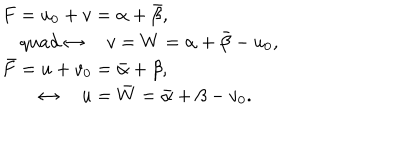
\begin{array} { l } { { F = u _ { 0 } + v = \alpha + \bar { \beta } , } } \\ { { \quad q u a d \leftrightarrow \quad v = W = \alpha + \bar { \beta } - u _ { 0 } , } } \\ { { \bar { F } = u + v _ { 0 } = \bar { \alpha } + \beta , } } \\ { { \quad \quad \leftrightarrow \quad u = \bar { W } = \bar { \alpha } + \beta - v _ { 0 } . } } \\ \end{array}